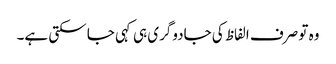
وہ تو صرف الفاظ کی جادوگری ہی کہی جا سکتی ہے۔